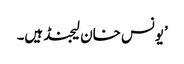
’یونس خان لیجنڈ ہیں۔